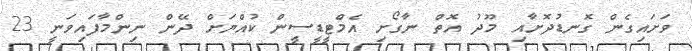
ވަށައިގެން ގޮނޑުދޮށާއި މޫދު އޮތް ނާގޯށި އެމްޓީޑީސީން ކުއްޔަށް ދޭން ނިންމާފައިވަނީ 23